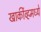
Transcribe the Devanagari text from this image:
खार्कीव्हमध्ये